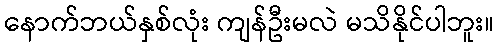
နောက်ဘယ်နှစ်လုံး ကျန်ဦးမလဲ မသိနိုင်ပါဘူး။